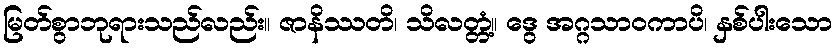
မြတ်စွာဘုရားသည်လည်း။ ဇာနိဿတိ၊ သိလတ္တံ့။ ဒွေ အဂ္ဂသာဝကာပိ၊ နှစ်ပါးသော